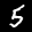
Label: 5